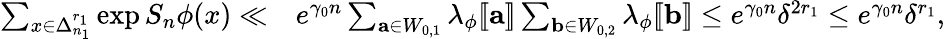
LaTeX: \begin{array}{rl}{\sum_{x\in\Delta_{n_{1}}^{r_{1}}}\exp S_{n}\phi(x)\ll}&{e^{\gamma_{0}n}\sum_{\mathbf a\in W_{0,1}}\lambda_{\phi}[\! [\mathbf a]\! ]\sum_{\mathbf b\in W_{0,2}}\lambda_{\phi}[\! [\mathbf b]\! ]\leq e^{\gamma_{0}n}\delta^{2r_{1}}\leq e^{\gamma_{0}n}\delta^{r_{1}},}\end{array}